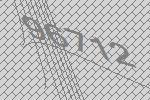
96712